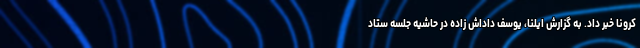
کرونا خبر داد. به گزارش ایلنا، یوسف داداش زاده در حاشیه جلسه ستاد